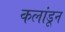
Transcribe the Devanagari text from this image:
कलांडून